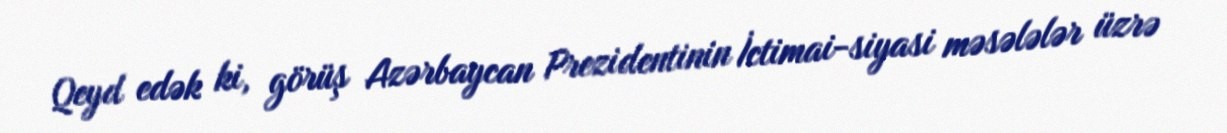
Qeyd edək ki, görüş Azərbaycan Prezidentinin İctimai-siyasi məsələlər üzrə